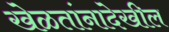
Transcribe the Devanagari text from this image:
खेळतांनादेखील